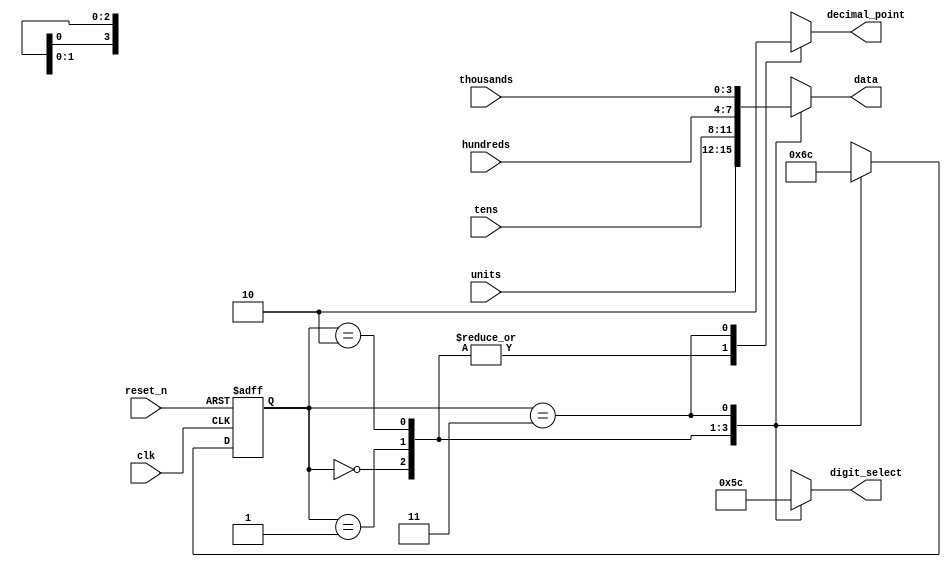
module digit_state_machine(
	
	input clk,
	input reset_n,
	input [3:0] units,
	input [3:0] tens,
	input [3:0] hundreds,
	input [3:0] thousands,
	
	output reg [2:0] digit_select,
	output reg [3:0] data,
	output reg decimal_point
	);
	
	reg [1:0] state;
	reg [1:0] state_n;
	
	parameter S0 = 2'b00;
	parameter S1 = 2'b01;
	parameter S2 = 2'b10;
	parameter S3 = 2'b11;
	
	always @ (posedge clk, negedge reset_n)
		begin
			if(!reset_n)
				state <= S0;
			else
				state <= state_n;
		end
		
		always @ (*)
			begin
				case(state)
					S0: state_n = S1;
					S1: state_n = S2;
					S2: state_n = S3;
					S3:	state_n = S0;
					
					default: state_n = S0;
				endcase
			end
			
		always @ (*)
			begin
				case(state)
				S0: begin
					decimal_point = 1;
					digit_select = 3'b000;
					data = units;
					end
					
				S1: begin
					decimal_point = 1;
					digit_select = 3'b001;
					data = tens;
					end
					
				S2: begin
					decimal_point = 1;
					digit_select = 3'b011;
					data = hundreds;
					end
					
				S3: begin
					decimal_point = 0;
					digit_select = 3'b100;
					data = thousands;
					end
				endcase
			end
	
endmodule